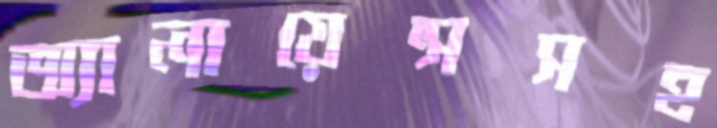
অ্যালায়েন্সসহ